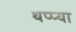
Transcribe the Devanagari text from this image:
थप्प्या